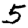
Digit: 5